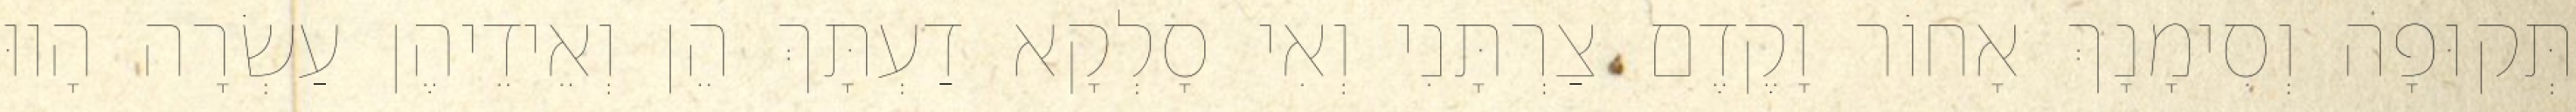
תְּקוּפָה וְסִימָנָךְ אָחוֹר וָקֶדֶם צַרְתָּנִי וְאִי סָלְקָא דַעְתָּךְ הֵן וְאֵידֵיהֶן עַשְׂרָה הָווּ